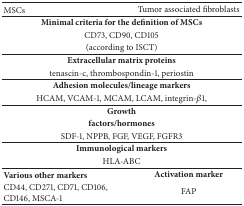
<table><thead><tr><td><b>MSCs</b></td><td><b>Tumor associated fibroblasts</b></td></tr></thead><tbody><tr><td colspan="2"><b>Minimal criteria for the definition of MSCs</b></td></tr><tr><td colspan="2">CD73, CD90, CD105</td></tr><tr><td colspan="2">(according to ISCT)</td></tr><tr><td colspan="2"><b>Extracellular matrix proteins</b></td></tr><tr><td colspan="2">tenascin-c, thrombospondin-1, periostin</td></tr><tr><td colspan="2"><b>Adhesion molecules/lineage markers</b></td></tr><tr><td colspan="2">HCAM, VCAM-1, MCAM, LCAM, integrin-<i>β</i>1, </td></tr><tr><td colspan="2"><b>Growth</b></td></tr><tr><td colspan="2"><b>factors/hormones</b></td></tr><tr><td colspan="2">SDF-1, NPPB, FGF, VEGF, FGFR3 </td></tr><tr><td colspan="2"><b>Immunological markers</b></td></tr><tr><td colspan="2">HLA-ABC</td></tr><tr><td><b>Various other markers</b></td><td><b>Activation marker</b></td></tr><tr><td>CD44, CD271, CD71, CD106, CD146, MSCA-1</td><td>FAP</td></tr></tbody></table>